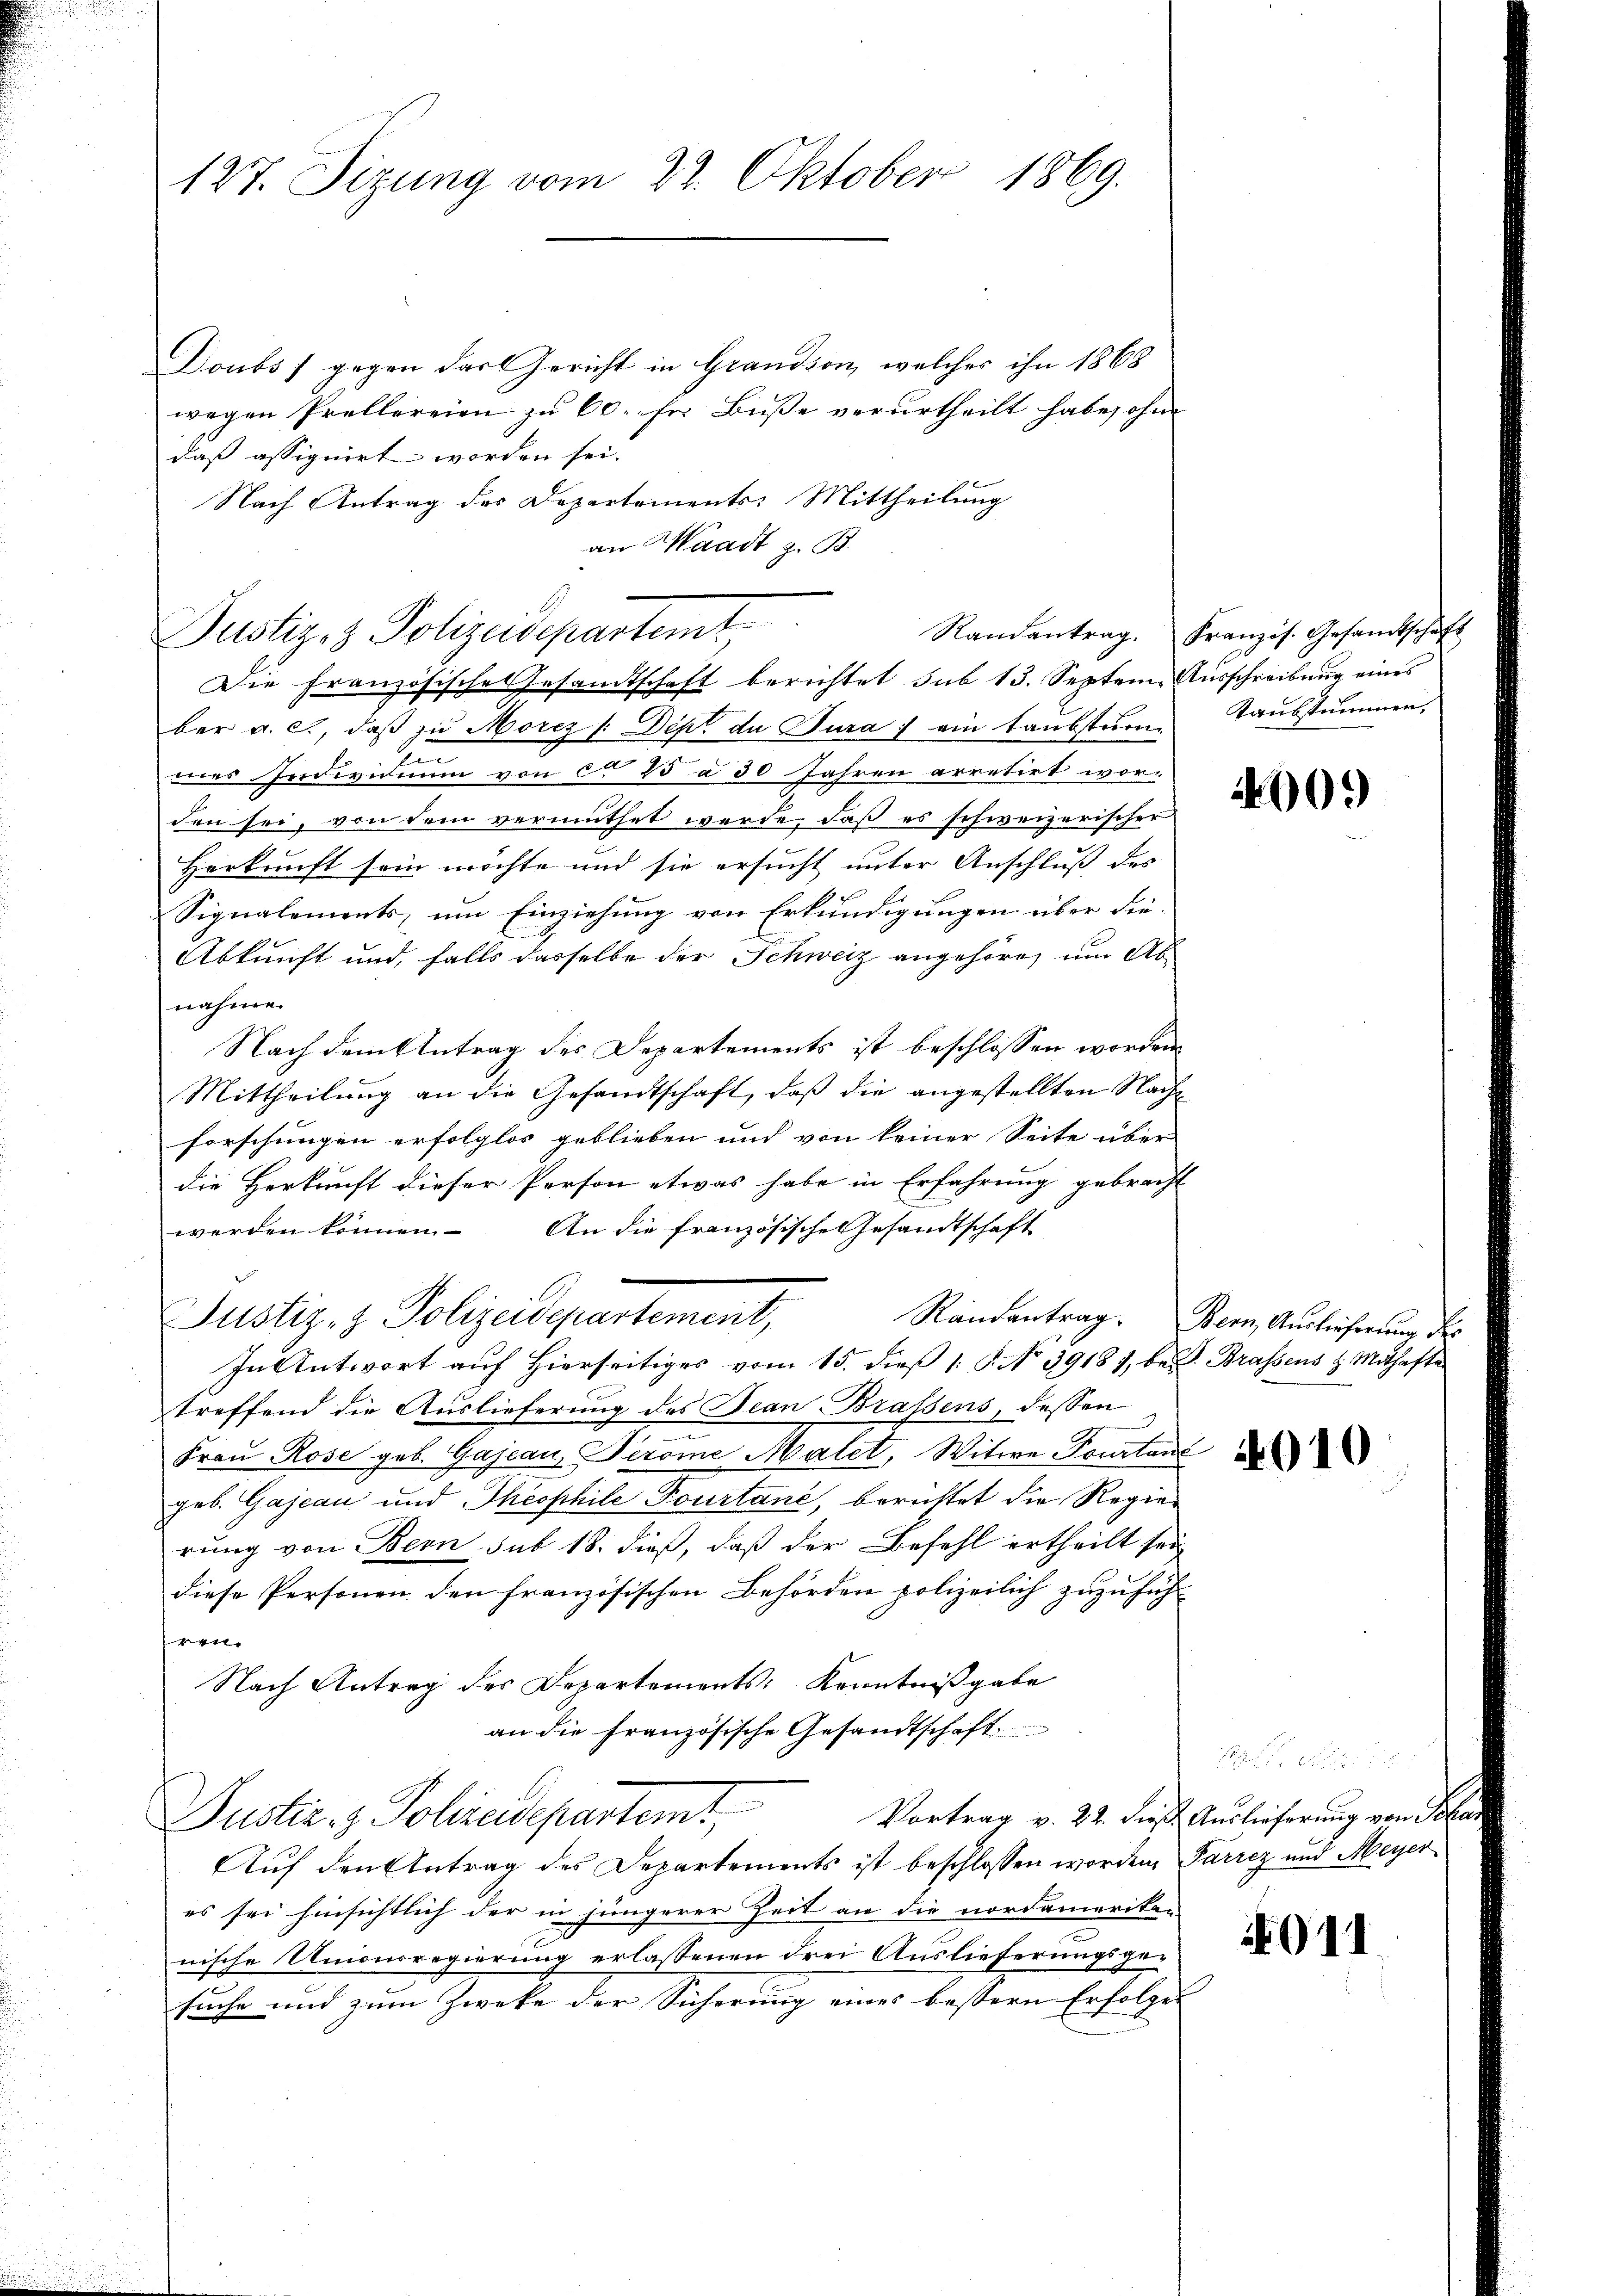
127. Sizung vom 22. Oktober 1869.

Justiz- & Polizeidepartemt
Die Französische Gesandtschaft berichtet sub 13. Septem Ausschreibung eines

ber a. c., daß zu Morcz /: Der de Jura) ein taubstum¬
1
mes Individuum von ca 25 à 30 Jahren arretirt wor-
den sei, von dem vermuthet werde, daß es schweizerischer
Herkunft sein möchte und sie ersucht unter Anschluß des
Signalements, um Einziehung von Erkundigungen über die-
Abkunft und, falls dasselbe der Schweiz angehöre, um Ab
nahme.
Nach dem Antrag des Departements ist beschlossen worden
Mittheilung an die Gesandtschaft, daß die angestellten Nachforschungen erfolglos geblieben und von keiner Seite über
die Herkunft dieser Person etwas habe in Erfahrung gebracht
werden können. An die französische Gesandtschaft
Justiz- & Polizeidepartement,
In Antwort auf hierseitiges vom 15. dieß 18. No. 39181, bei Brassens z. Mithafte
treffend die Auslieferung des Jean Brassens, dessen
Frau Rose geb. Gajean, Serome Malet, Witwe Tourtant
geb. Gajeau und Theophile Tourtane, berichtet die Regierung von Bern sub 18. dieß, daß der Befehl ertheilt sein
diese Personen den französischen Behörden polizeilich zuzuführ
444
Nach Antrag des Departements Kenntnißgabe
an die französische Gesandtschaft
Vortrag v. 22. dieß. Auslieferung von Per
Justiz- & Polizeidepartemt,
Auf den Antrag des Departements ist beschlossen worden Parrez und Meyer
es sei hinsichtlich der in jüngerer Zeit an die nordamerika-
nische Unionsregierung erlassenen drei Auslieferungsgesuche und zum Zwecke der Sicherung eines bessern Erfolger

Doubs gegen das Gericht in Grandson, welches ihn 1868
wegen Prellereien zu 60 ser Busse verurtheilt habe, ohne
daß assignirt worden sei.
Nach Antrag des Departements: Mittheilung
an Waadt z. B.

Randantrag. Französ. Gesandtschaft
Kaubstummen,

909)

Randantrag. Bern, Auslieferung des

4010

911